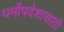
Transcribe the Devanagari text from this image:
धर्मोपदेशासाठी